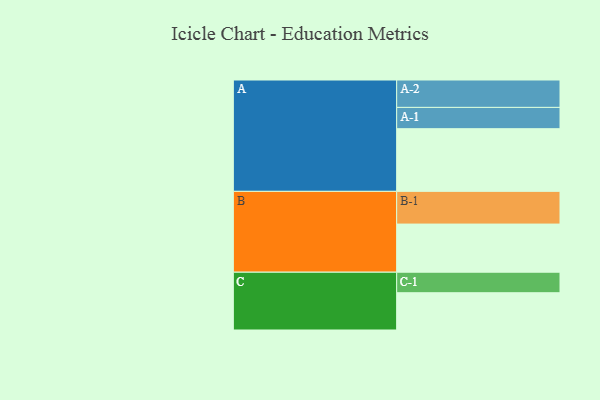
{"axis": {"x": "Segment", "y": "Value"}, "legend": ["", "A", "B", "C"], "data": [{"x": "A", "y": 565, "type": ""}, {"x": "B", "y": 434, "type": ""}, {"x": "C", "y": 336, "type": ""}, {"x": "A-1", "y": 192, "type": "A"}, {"x": "A-2", "y": 247, "type": "A"}, {"x": "B-1", "y": 295, "type": "B"}, {"x": "C-1", "y": 185, "type": "C"}]}